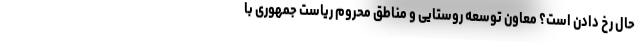
حال رخ دادن است؟ معاون توسعه روستایی و مناطق محروم ریاست جمهوری با